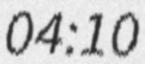
04:10